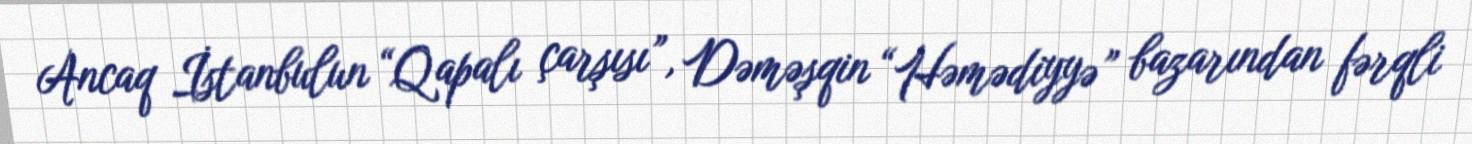
Ancaq İstanbulun “Qapalı çarşısı”, Dəməşqin “Həmədiyyə” bazarından fərqli